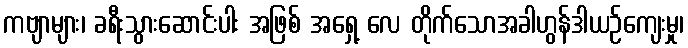
ကဗျာများ၊ ခရီးသွားဆောင်းပါး အဖြစ် အရှေ့ လေ တိုက်သောအခါဟွန်ဒါယဉ်ကျေးမှု၊